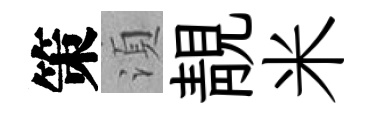
策湏靚米